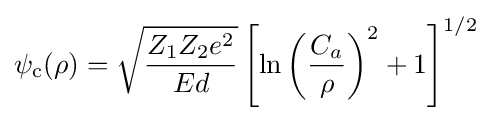
\psi _{\rm {c}}(\rho )={\sqrt {\frac {Z_{1}Z_{2}e^{2}}{Ed}}}\left[\ln \left({\frac {C_{a}}{\rho }}\right)^{2}+1\right]^{1/2}